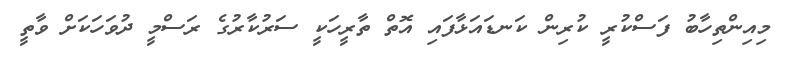
މިއިންތިހާބު ފަސްކުރީ ކުރިން ކަނޑައަޅާފައި އޮތް ތާރީހަކީ ސަރުކާރުގެ ރަސްމީ ދުވަހަކަށް ވާތީ